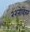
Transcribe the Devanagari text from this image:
२२नोव्हेंबर